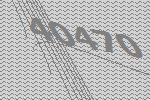
40470